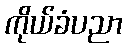
ကိုယ်ခံပညာ